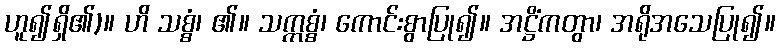
ဟူ၍ရှိ၏)။ ဟိ သစ္စံ၊ ၏။ သက္ကစ္စံ၊ ကောင်းစွာပြု၍။ အဋ္ဌိံကတွာ၊ အရိုအသေပြု၍။